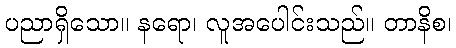
ပညာရှိသော။ နရော၊ လူအပေါင်းသည်။ တာနိစ၊